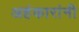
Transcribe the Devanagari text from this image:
अहंकारांनी